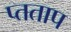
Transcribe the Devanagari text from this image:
प्तताप